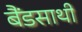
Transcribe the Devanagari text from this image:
बैंडसाथी